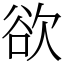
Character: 欲